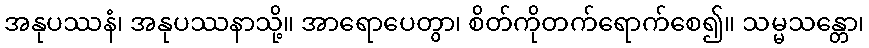
အနုပဿနံ၊ အနုပဿနာသို့။ အာရောပေတွာ၊ စိတ်ကိုတက်ရောက်စေ၍။ သမ္မသန္တော၊